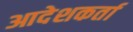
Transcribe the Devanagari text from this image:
आदेशकर्ता